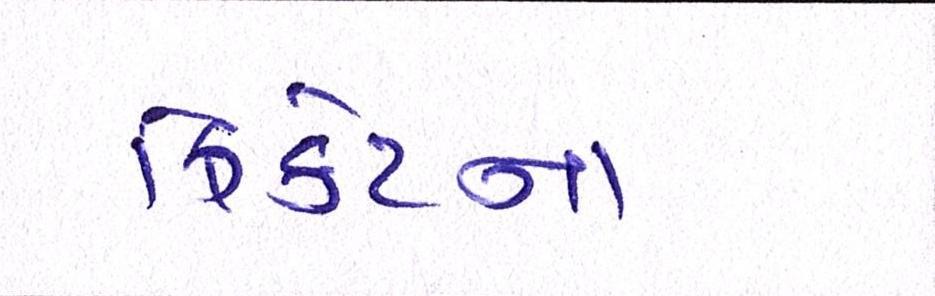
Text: ક્રિકેટના